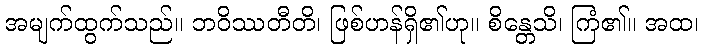
အမျက်ထွက်သည်။ ဘဝိဿတီတိ၊ ဖြစ်ဟန်ရှိ၏ဟု။ စိန္တေသိ၊ ကြံ၏။ အထ၊